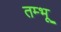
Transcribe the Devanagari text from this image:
तम्भू